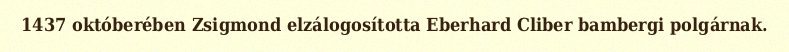
1437 októberében Zsigmond elzálogosította Eberhard Cliber bambergi polgárnak.